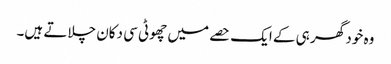
وہ خود گھر ہی کے ایک حصے میں چھوٹی سی دکان چلاتے ہیں۔